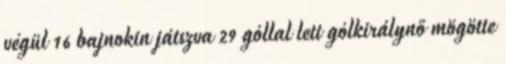
végül 16 bajnokin játszva 29 góllal lett gólkirálynő mögötte